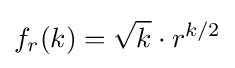
f_{r}(k)={\sqrt {k}}\cdot r^{k/2}